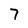
Character: 7